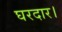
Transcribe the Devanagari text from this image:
घरदार।